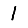
Digit: 1